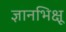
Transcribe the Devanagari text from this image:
ज्ञानभिक्षू